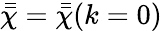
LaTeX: \bar{\bar{\chi}}=\bar{\bar{\chi}}(k=0)